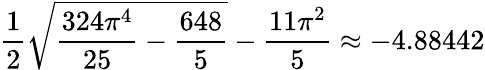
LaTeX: \frac{1}{2}\sqrt{\frac{324\pi^{4}}{25}-\frac{648}{5}}-\frac{11\pi^{2}}{5}\approx-4.88442